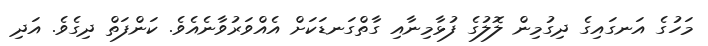
މަހުގެ އަނގައިގެ ދިގުމިން ލޮލުގެ ފުޅާމިނާއި ގާތްގަނޑަކަށް އެއްވަރުވާނެއެވެ. ކަންފަތް ދިގެވެ. އަދި